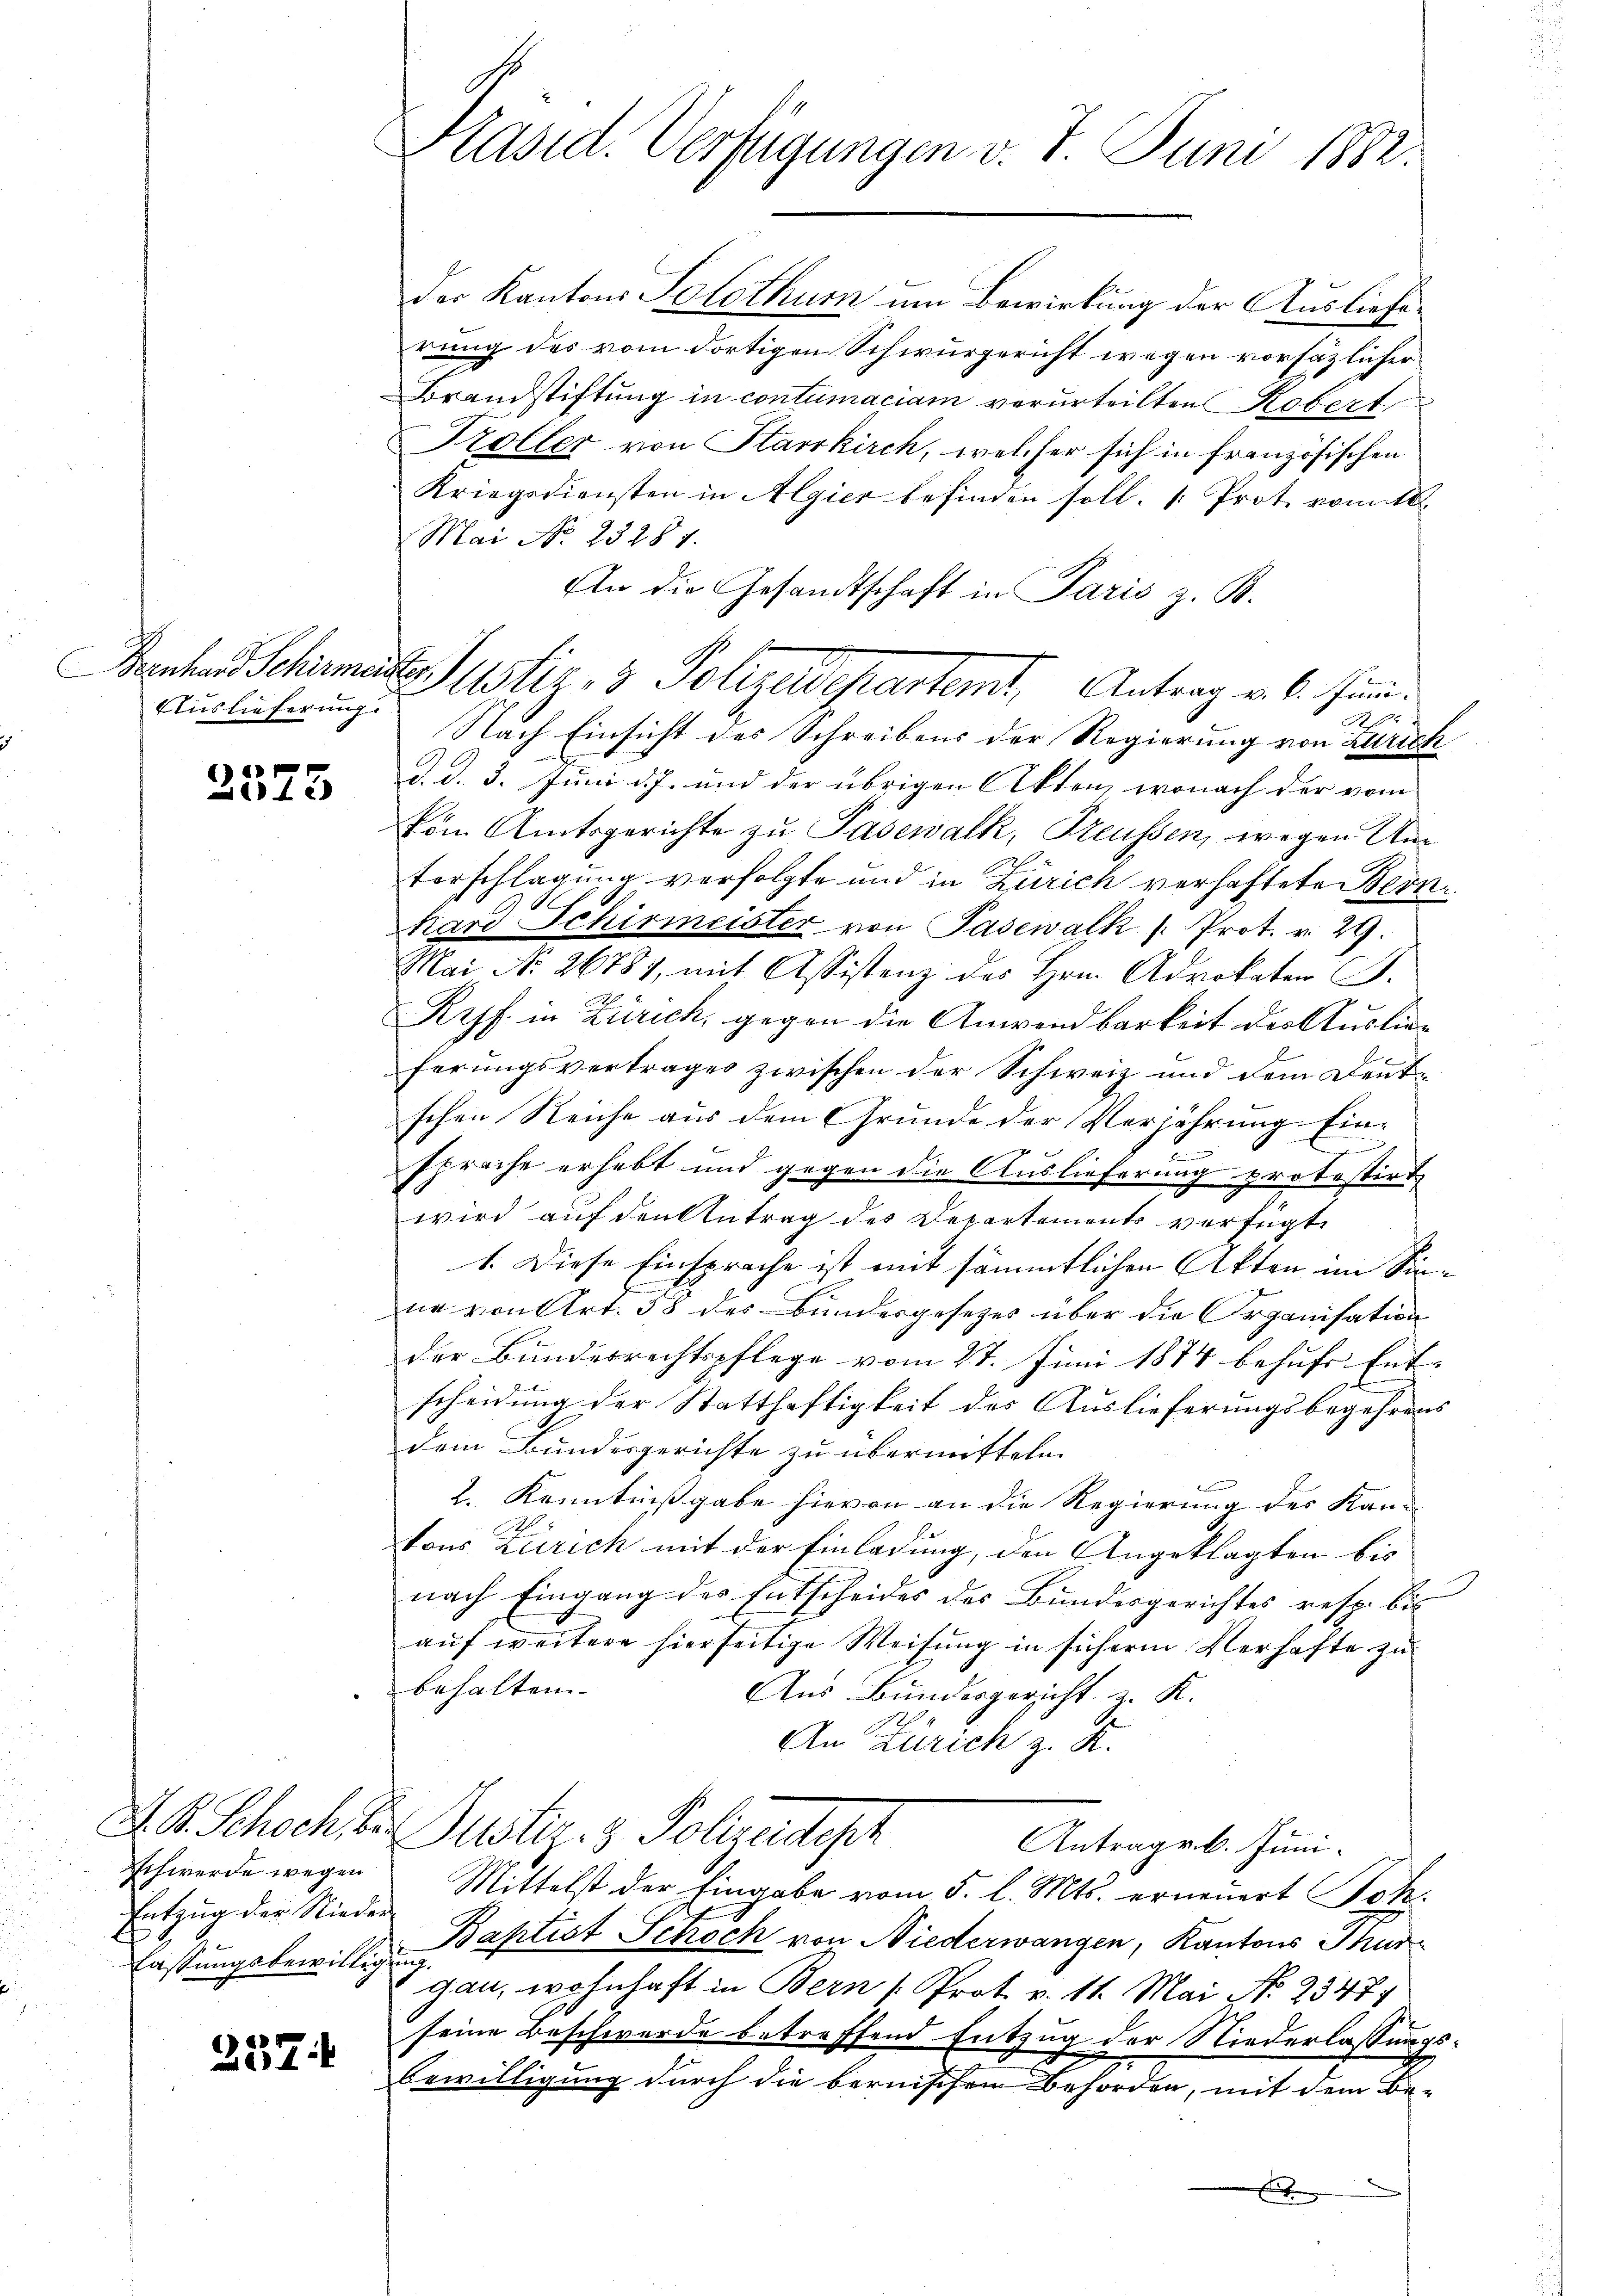
Auslieferung.

t
Berli

Schwerde wegen
Entzug der Nieder
lassungsbewilligung.

e
381:

der Kantons Solothurn um Bewirkung der Auslieferung des vom dortigen Schwurgericht wegen vorsätzlicher
Brandstiftung in contumaciam verurteilten Robert
Kröller von Starrkirch, welcher sich in französischen
Kriegsdiensten in Algier befinden soll. Prot. vom 18.
Mai No 23287.
An die Gesandtschaft in Paris z. B.
A.
Nach Einsicht des Schreibens der Regierung von Zürich
d. d. 3. Juni d. J. und der übrigen Akten, wonach der vom
von Amtsgerichte zu Pasewalk, Preussen, wegen Umterschlagung verfolgte und in Zürich verhaftete Bern
hard Schirmeister von Pasewalk (Prot. v. 29.
Mai No 26787, mit Assistenz des Hrn. Advokaten S.
Ripf in Zürich, gegen die Anwendbarkeit der Auslieferungsvertrages zwischen der Schweiz und dem Deutschen Reiche aus dem Grunde der Verjährung Ein-
n
sprache erhebt und gegen die Auslieferung protestirt,
wird auf den Antrag des Departements verfügt
1. Diese Einsprache ist mit sämmtlichen Akten im Sinne von Art. 38 des Bundesgesetzes über die Organisation
der Bunderrechtspflege vom 27. Juni 1874 behufs Ent-
scheidung der Statthaftigkeit des Auslieferungsbegehrens
dem Bundesgerichte zu übermitteln.
2. Kenntnißgabe hievon an die Regierung des Kantons Zürich mit der Einladung, den Angeklagten bis
nach Eingang des Entscheides des Bundesgerichtes resp. bis
auf weitere hierseitige Weisung in sichern Verhafte zu
behalten.
Aus Bundesgericht z. K.
An Zürich z. R.
A. S. Schoch der Justiz- & Polizeidesh
Antrage k. Juni¬
Mittelst der Eingabe vom 5. l. Mts. erneuert Joh.
Baptist Schoch von Niederwangen, Kantons Thur
gau, wohnhaft in Bern (Prot. v. 11. Mai No 2547.
seine Beschwerde betreffend Entzug der Niederlassungs¬
Bewilligung durch die bernischen Behörden, mit dem Be-

Präsid. Verfügungen v. 7. Juni 1882.

Prenten Schirates ustiz- & Polizeidepartemt, Antrag v. 6. Juni.